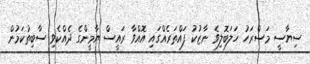
ސިޔާސީ މަސްރަހު ހަލަބޮލިވެ ނާޒުކު ފައްތަރެއްގައި އޮއްވާ ރައީސް ޔާމީންގެ ދެއްކެވި ސާބިތުކަމުން